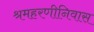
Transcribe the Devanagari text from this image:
श्रमहरणीनिवास